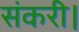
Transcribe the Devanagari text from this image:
संकरी।